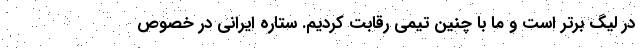
در لیگ برتر است و ما با چنین تیمی رقابت کردیم. ستاره ایرانی در خصوص